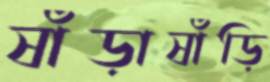
ষাঁড়াষাঁড়ি